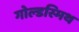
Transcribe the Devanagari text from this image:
गोल्‍डस्‍मिथ